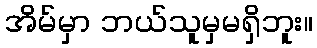
အိမ်မှာ ဘယ်သူမှမရှိဘူး။